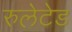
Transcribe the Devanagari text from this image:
रुलेटेड